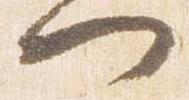
門